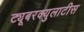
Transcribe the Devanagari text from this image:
ट्यूबरक्युलाटीस